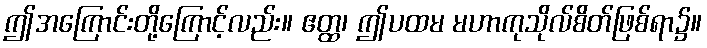
ဤအကြောင်းတို့ကြောင့်လည်း။ ဧတ္ထ၊ ဤပထမ မဟာကုသိုလ်စိတ်ဖြစ်ရာ၌။